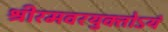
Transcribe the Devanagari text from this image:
श्रीरमवरयुक्‍तोऽयं